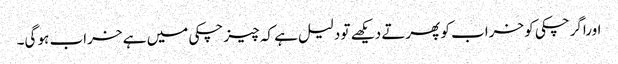
اوراگرچکی کو خراب کو پھرتے دیکھے تو دلیل ہے کہ چیز چکی میں ہے خراب ہو گی۔